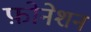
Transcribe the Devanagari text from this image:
फ़ोनेशन